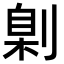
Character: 㓷